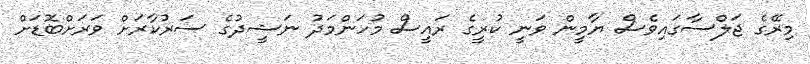
މިރޭގެ ޖަލްސާގައިވެސް ޔާމީން ވަނީ ކުރީގެ ރައީސް މުހަންމަދު ނަޝީދުގެ ސަރުކާރަށް ވަރަށްބޮޑަށް